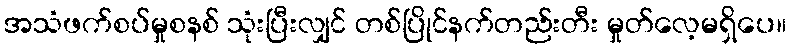
အသံဖက်စပ်မှုစနစ် သုံးပြီးလျှင် တစ်ပြိုင်နက်တည်းတီး မှုတ်လေ့မရှိပေ။